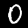
Digit: 0